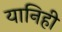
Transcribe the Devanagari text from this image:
यानिही